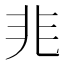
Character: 𭀡